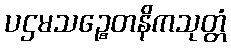
ပဌမသဉ္စေတနိကသုတ္တံ